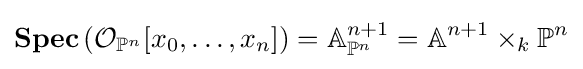
\mathbf {Spec} \left({\mathcal {O}}_{\mathbb {P} ^{n}}[x_{0},\ldots ,x_{n}]\right)=\mathbb {A} _{\mathbb {P} ^{n}}^{n+1}=\mathbb {A} ^{n+1}\times _{k}{\mathbb {P} ^{n}}